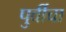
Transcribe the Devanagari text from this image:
पुर्वीचा